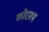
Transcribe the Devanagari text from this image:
कोराश्म